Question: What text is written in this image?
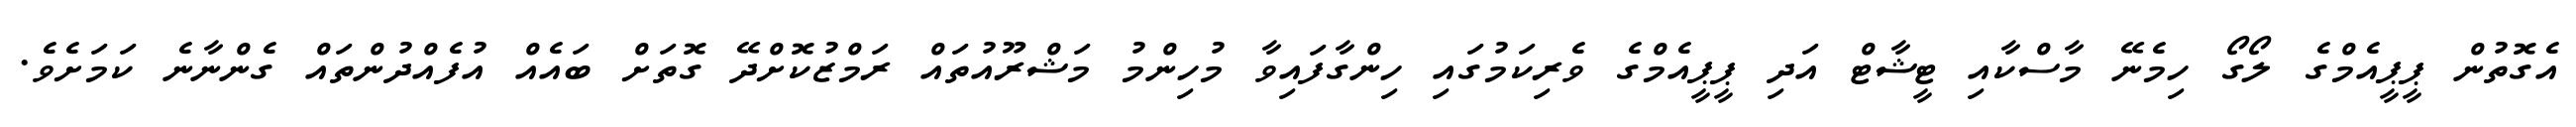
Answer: އެގޮތުން ޕީޕީއެމްގެ ލޯގޯ ހިމެނޭ މާސްކާއި ޓީޝާޓް އަދި ޕީޕީއެމްގެ ވެރިކަމުގައި ހިންގާފައިވާ މުހިންމު މަޝްރޫއުތައް ރަމްޒުކޮށްދޭ ގޮތަށް ބައެއް އުފެއްދުންތައް ގެންނާނެ ކަމަށެވެ.